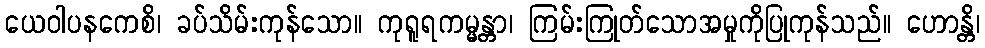
ယေဝါပနကေစိ၊ ခပ်သိမ်းကုန်သော။ ကုရူရကမ္မန္တာ၊ ကြမ်းကြုတ်သောအမှုကိုပြုကုန်သည်။ ဟောန္တိ၊